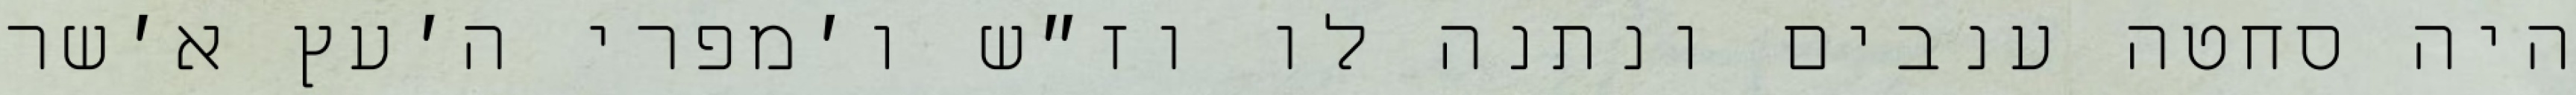
היה סחטה ענבים ונתנה לו וז״ש ו׳מפרי ה׳עץ א׳שר